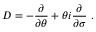
D = - \frac { \partial } { \partial \theta } + \theta i \frac { \partial } { \partial \sigma } ~ .